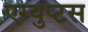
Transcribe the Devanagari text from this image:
एग्युप्टस